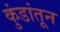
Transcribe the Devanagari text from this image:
कुंडांतून